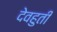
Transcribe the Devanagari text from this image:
देवहुती